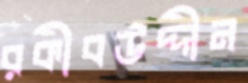
রকীবউদ্দীন